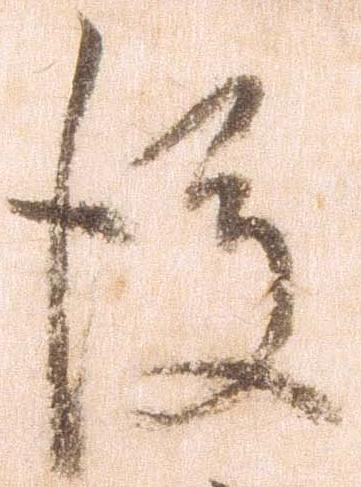
後